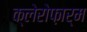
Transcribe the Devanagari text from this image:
क्लेरोफ़ार्म